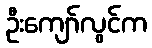
ဦးကျော်လွင်က